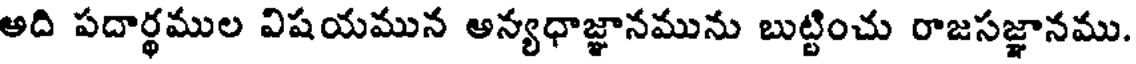
అది పదార్థముల విషయమున అన్యధాజ్ఞానమును బుట్టించు రాజసజ్ఞానము.